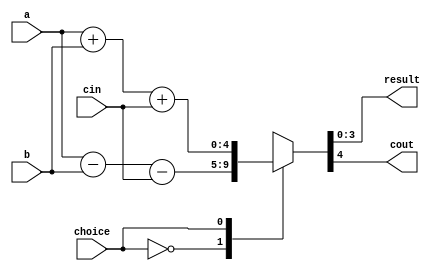
module full_subtractor(input [3:0]a,
		       input [3:0]b,
	               input cin,
		       input choice,
		       output reg [3:0]result,
		       output reg cout);
	
	always@(a,b,cin,choice)
	begin
		case(choice)
			1'b0 : {cout,result} = a-b-cin;		//full subtractor
			1'b1 : {cout,result} = a+b+cin;		//full adder
		endcase 
	end
endmodule